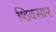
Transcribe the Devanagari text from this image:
शिवसार